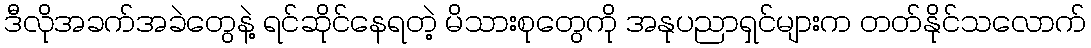
ဒီလိုအခက်အခဲတွေနဲ့ ရင်ဆိုင်နေရတဲ့ မိသားစုတွေကို အနုပညာရှင်များက တတ်နိုင်သလောက်